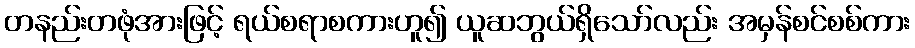
တနည်းတဖုံအားဖြင့် ရယ်စရာစကားဟူ၍ ယူဆဘွယ်ရှိသော်လည်း အမှန်စင်စစ်ကား